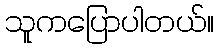
သူကပြောပါတယ်။